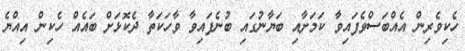
ހެކިވެރިން އެއްބަސްވެފައިވާ ކަމަށާއި ބަޔާނުގައި ބުނެފައިވާ ވާހަކަތާ ދެކޮޅަށް ބައެއް ހެކިން އިއްޔެ